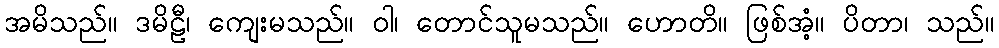
အမိသည်။ ဒမိဠီ၊ ကျေးမသည်။ ဝါ၊ တောင်သူမသည်။ ဟောတိ။ ဖြစ်အံ့။ ပိတာ၊ သည်။